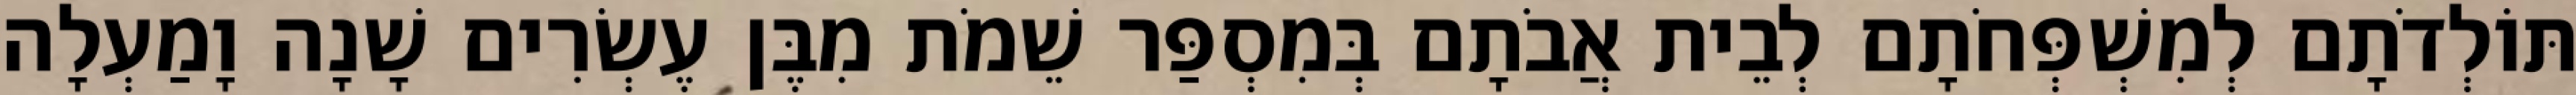
תּוֹלְדֹתָם לְמִשְׁפְּחֹתָם לְבֵית אֲבֹתָם בְּמִסְפַּר שֵׁמֹת מִבֶּן עֶשְׂרִים שָׁנָה וָמַעְלָה